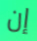
إن